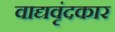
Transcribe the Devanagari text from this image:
वाद्यवृंदकार